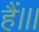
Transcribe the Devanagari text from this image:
हैं।।।